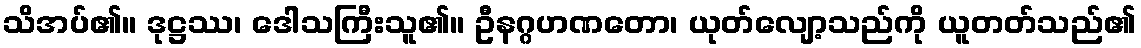
သိအပ်၏။ ဒုဋ္ဌဿ၊ ဒေါသကြီးသူ၏။ ဦနဂ္ဂဟဏတော၊ ယုတ်လျော့သည်ကို ယူတတ်သည်၏